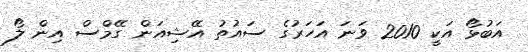
އަބުޅޯ އަކީ 2010 ވަނަ އަހަރުގެ ސައުތު އޭޝިއަން ގޭމްސް އިން ލޯ